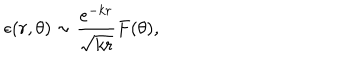
LaTeX: \epsilon ( r , \theta ) \sim \frac { e ^ { - k r } } { \sqrt { k r } } F ( \theta ) ,